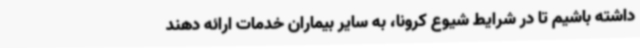
داشته باشیم تا در شرایط شیوع کرونا، به سایر بیماران خدمات ارائه دهند